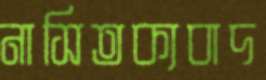
নাসিতক্যবাদ